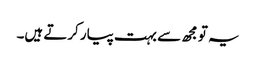
یہ تو مجھ سے بہت پیار کرتے ہیں۔